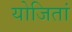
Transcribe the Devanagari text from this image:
योजितां